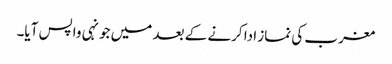
مغرب کی نماز ادا کرنے کے بعد میں جونہی واپس آیا۔